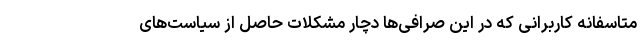
متاسفانه کاربرانی که در این صرافی‌ها دچار مشکلات حاصل از سیاست‌های